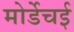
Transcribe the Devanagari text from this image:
मोर्डेचई